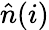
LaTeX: \hat{n}(i)